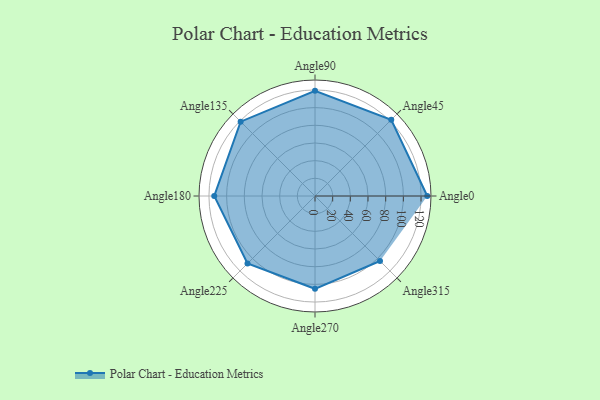
{"axis": {"x": "Angle", "y": "Radius"}, "legend": [""], "data": [{"x": "Angle0", "y": 127.0, "type": ""}, {"x": "Angle45", "y": 122.0, "type": ""}, {"x": "Angle90", "y": 119.0, "type": ""}, {"x": "Angle135", "y": 119.0, "type": ""}, {"x": "Angle180", "y": 114.0, "type": ""}, {"x": "Angle225", "y": 108.0, "type": ""}, {"x": "Angle270", "y": 105.0, "type": ""}, {"x": "Angle315", "y": 104.0, "type": ""}]}